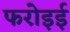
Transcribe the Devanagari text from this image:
फरोइई